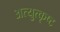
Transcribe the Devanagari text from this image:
अत्युुत्कृष्ट